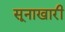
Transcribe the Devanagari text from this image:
सूनाखारी